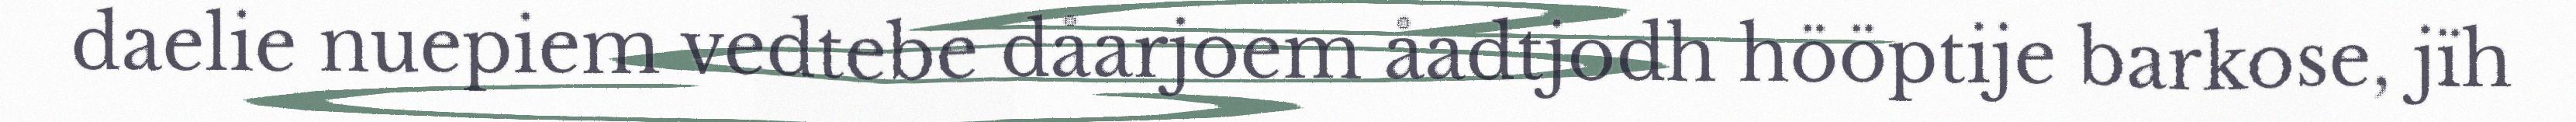
daelie nuepiem vedtebe dåarjoem åadtjodh hööptije barkose, jïh